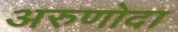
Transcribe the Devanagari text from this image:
अरुणोदा